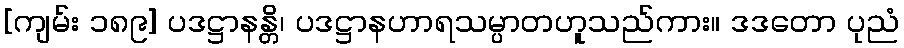
[ကျမ်း ၁၈၉] ပဒဋ္ဌာနန္တိ၊ ပဒဋ္ဌာနဟာရသမ္ပာတဟူသည်ကား။ ဒဒတော ပုညံ